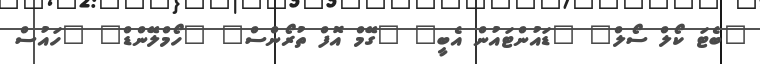
"ބެޓަ ކޯލް ސޯލް" "ޑައުންޓައުން އެބީ" "ގޭމް އޮފް ތުރޯންސް" "ހޯމްލޭންޑް" "ހައުސް